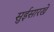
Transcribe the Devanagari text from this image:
सुईसारखे